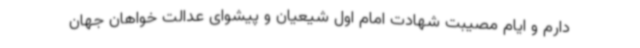
دارم و ایام مصیبت شهادت امام اول شیعیان و پیشوای عدالت خواهان جهان